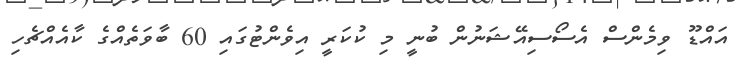
އައްޑޫ ވިމެންސް އެސޯސިއޭޝަނުން ބުނީ މި ކުކަރީ އިވެންޓުގައި 60 ބާވަތެއްގެ ކާއެއްޗެހި